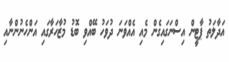
އަދާލަތު ޕާޓީން އިސްނަގައިގެން މެއި އެއްވަނަ ދުވަހު ބޭއްވި ބޮޑު މުޒާހަރާގައި އަންހެނުންނާއި